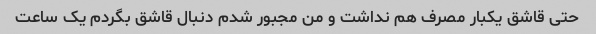
حتی قاشق یکبار مصرف هم نداشت و من مجبور شدم دنبال قاشق بگردم یک ساعت